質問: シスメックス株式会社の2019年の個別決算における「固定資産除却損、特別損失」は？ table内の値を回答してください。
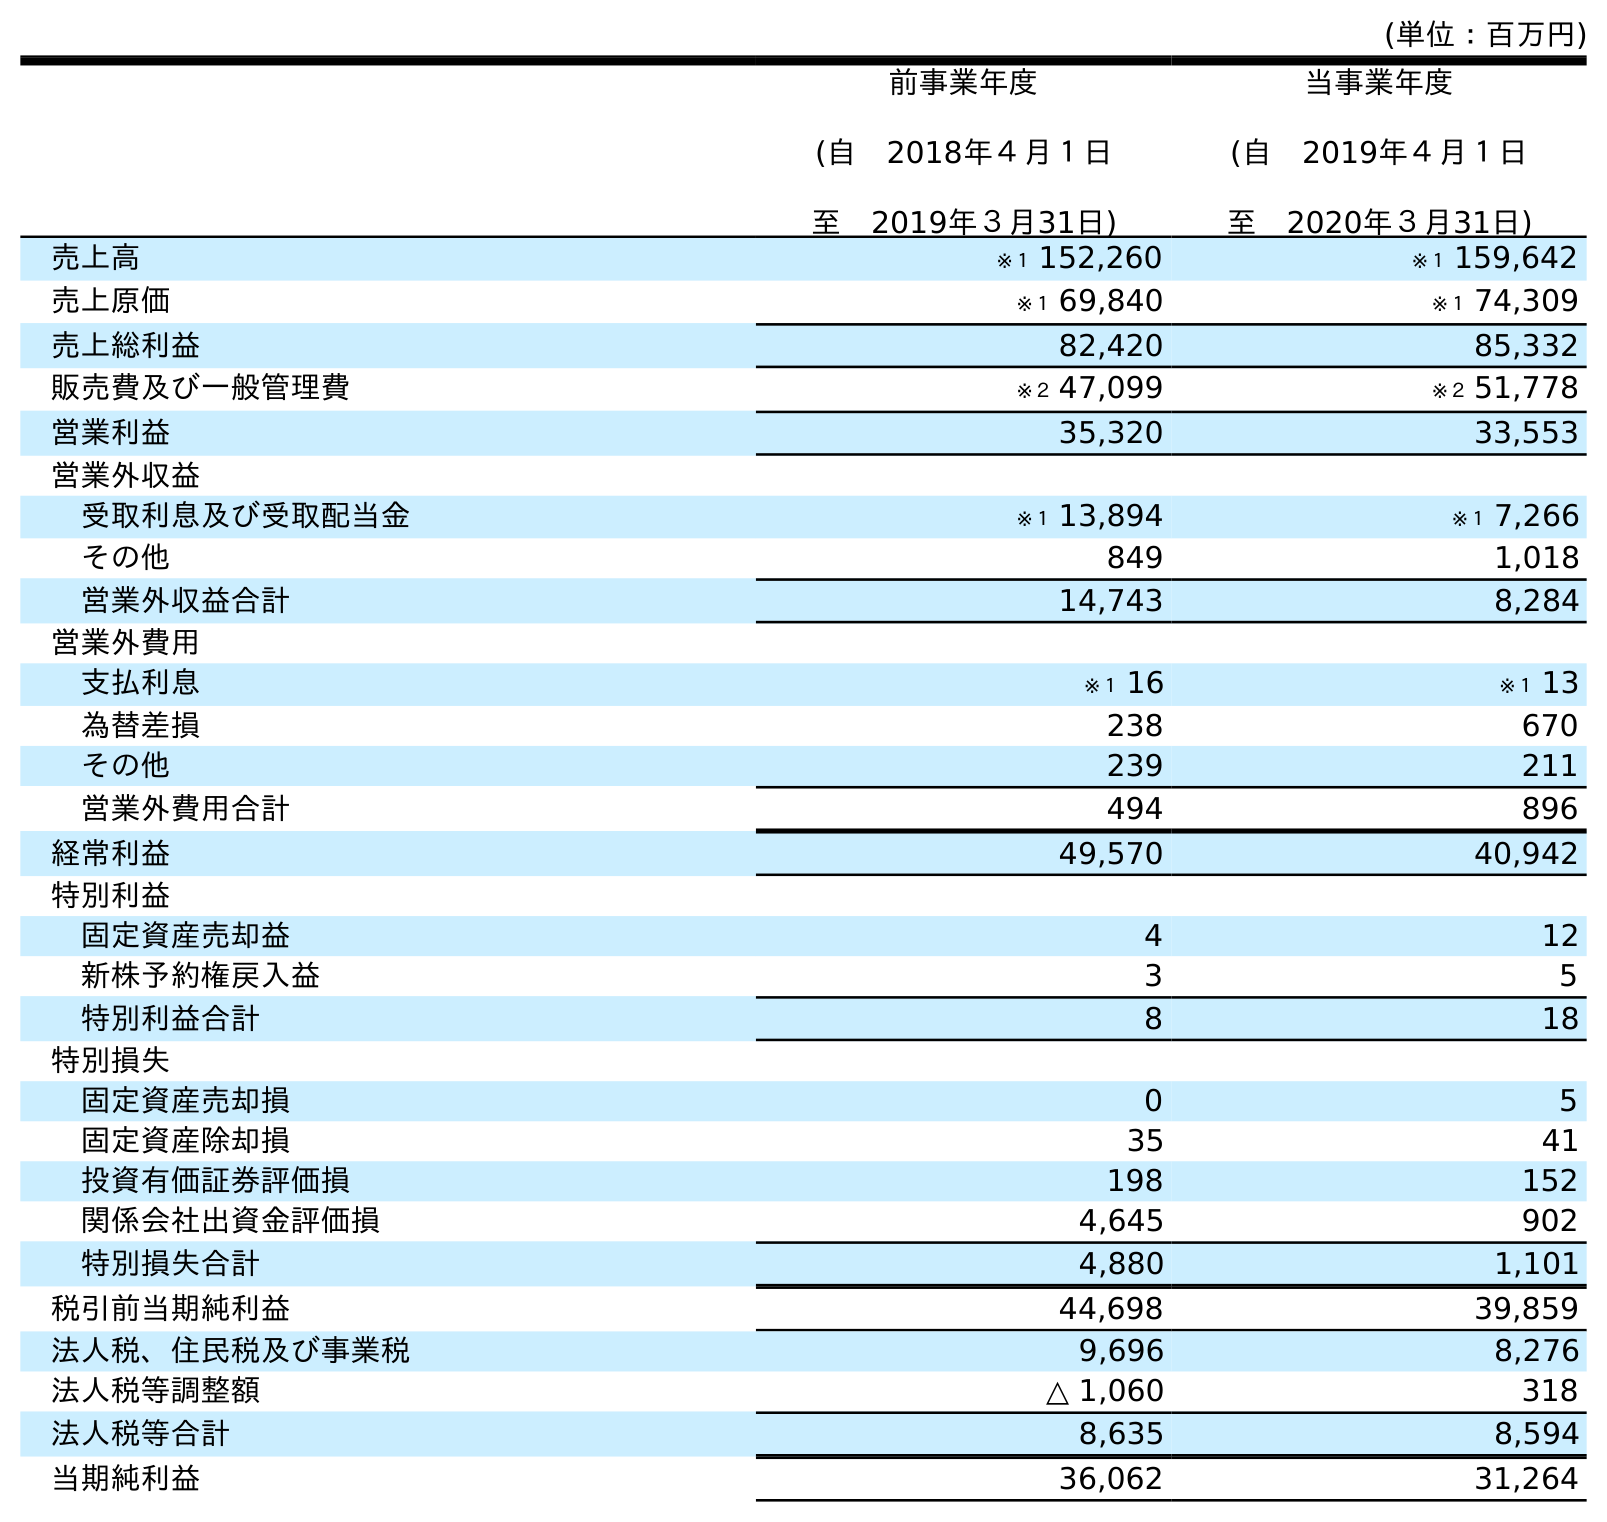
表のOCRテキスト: (単位：百万円) 前事業年度 (自 2018年４月１日 至 2019年３月31日) 当事業年度 (自 2019年４月１日 至 2020年３月31日) 売上高 ※１ 152,260 ※１ 159,642 売上原価 ※１ 69,840 ※１ 74,309 売上総利益 82,420 85,332 販売費及び一般管理費 ※２ 47,099 ※２ 51,778 営業利益 35,320 33,553 営業外収益 受取利息及び受取配当金 ※１ 13,894 ※１ 7,266 その他 849 1,018 営業外収益合計 14,743 8,284 営業外費用 支払利息 ※１ 16 ※１ 13 為替差損 238 670 その他 239 211 営業外費用合計 494 896 経常利益 49,570 40,942 特別利益 固定資産売却益 4 12 新株予約権戻入益 3 5 特別利益合計 8 18 特別損失 固定資産売却損 0 5 固定資産除却損 35 41 投資有価証券評価損 198 152 関係会社出資金評価損 4,645 902 特別損失合計 4,880 1,101 税引前当期純利益 44,698 39,859 法人税、住民税及び事業税 9,696 8,276 法人税等調整額 △ 1,060 318 法人税等合計 8,635 8,594 当期純利益 36,062 31,264
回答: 35